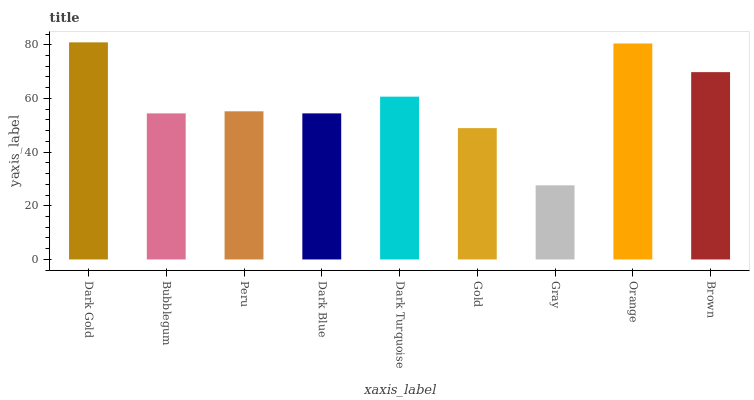
| xaxis_label | bars |
 | --- | --- |
 | Dark Gold | 80.9 |
 | Bubblegum | 54.4 |
 | Peru | 55.2 |
 | Dark Blue | 54.4 |
 | Dark Turquoise | 60.7 |
 | Gold | 49 |
 | Gray | 27.6 |
 | Orange | 80.5 |
 | Brown | 69.8 |